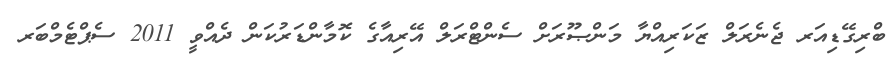
ބްރިގޭޑިއަރ ޖެނެރަލް ޒަކަރިއްޔާ މަންޞޫރަށް ސެންޓްރަލް އޭރިއާގެ ކޮމާންޑަރުކަން ދެއްވީ 2011 ސެޕްޓެމްބަރ